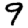
Digit: 9